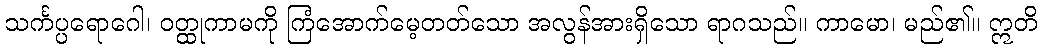
သင်္ကပ္ပရောဂေါ၊ ဝတ္ထုကာမကို ကြံအောက်မေ့တတ်သော အလွန်အားရှိသော ရာဂသည်။ ကာမော၊ မည်၏။ ဣတိ